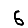
Digit: 6